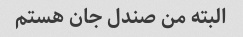
البته من صندل جان هستم